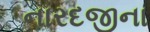
નારદજીના